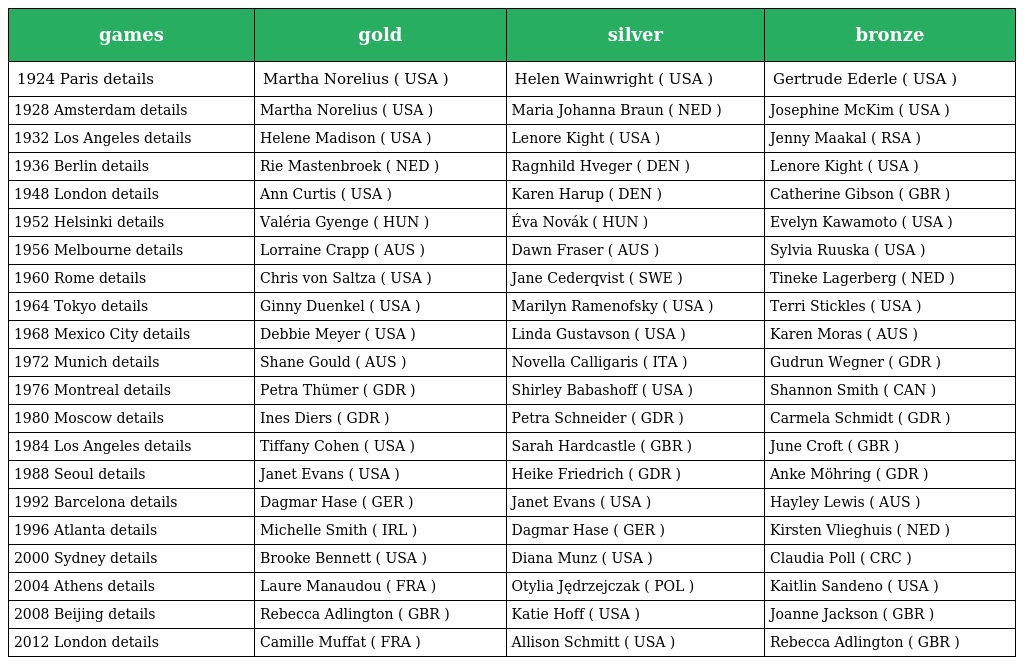
| games | gold | silver | bronze |
 | --- | --- | --- | --- |
 | 1924 Paris details | Martha Norelius ( USA ) | Helen Wainwright ( USA ) | Gertrude Ederle ( USA ) |
 | 1928 Amsterdam details | Martha Norelius ( USA ) | Maria Johanna Braun ( NED ) | Josephine McKim ( USA ) |
 | 1932 Los Angeles details | Helene Madison ( USA ) | Lenore Kight ( USA ) | Jenny Maakal ( RSA ) |
 | 1936 Berlin details | Rie Mastenbroek ( NED ) | Ragnhild Hveger ( DEN ) | Lenore Kight ( USA ) |
 | 1948 London details | Ann Curtis ( USA ) | Karen Harup ( DEN ) | Catherine Gibson ( GBR ) |
 | 1952 Helsinki details | Valéria Gyenge ( HUN ) | Éva Novák ( HUN ) | Evelyn Kawamoto ( USA ) |
 | 1956 Melbourne details | Lorraine Crapp ( AUS ) | Dawn Fraser ( AUS ) | Sylvia Ruuska ( USA ) |
 | 1960 Rome details | Chris von Saltza ( USA ) | Jane Cederqvist ( SWE ) | Tineke Lagerberg ( NED ) |
 | 1964 Tokyo details | Ginny Duenkel ( USA ) | Marilyn Ramenofsky ( USA ) | Terri Stickles ( USA ) |
 | 1968 Mexico City details | Debbie Meyer ( USA ) | Linda Gustavson ( USA ) | Karen Moras ( AUS ) |
 | 1972 Munich details | Shane Gould ( AUS ) | Novella Calligaris ( ITA ) | Gudrun Wegner ( GDR ) |
 | 1976 Montreal details | Petra Thümer ( GDR ) | Shirley Babashoff ( USA ) | Shannon Smith ( CAN ) |
 | 1980 Moscow details | Ines Diers ( GDR ) | Petra Schneider ( GDR ) | Carmela Schmidt ( GDR ) |
 | 1984 Los Angeles details | Tiffany Cohen ( USA ) | Sarah Hardcastle ( GBR ) | June Croft ( GBR ) |
 | 1988 Seoul details | Janet Evans ( USA ) | Heike Friedrich ( GDR ) | Anke Möhring ( GDR ) |
 | 1992 Barcelona details | Dagmar Hase ( GER ) | Janet Evans ( USA ) | Hayley Lewis ( AUS ) |
 | 1996 Atlanta details | Michelle Smith ( IRL ) | Dagmar Hase ( GER ) | Kirsten Vlieghuis ( NED ) |
 | 2000 Sydney details | Brooke Bennett ( USA ) | Diana Munz ( USA ) | Claudia Poll ( CRC ) |
 | 2004 Athens details | Laure Manaudou ( FRA ) | Otylia Jędrzejczak ( POL ) | Kaitlin Sandeno ( USA ) |
 | 2008 Beijing details | Rebecca Adlington ( GBR ) | Katie Hoff ( USA ) | Joanne Jackson ( GBR ) |
 | 2012 London details | Camille Muffat ( FRA ) | Allison Schmitt ( USA ) | Rebecca Adlington ( GBR ) |